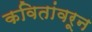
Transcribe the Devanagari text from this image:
कवितांवरून